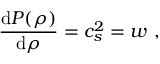
\frac { \mathrm { d } P ( \rho ) } { \mathrm { d } \rho } = c _ { s } ^ { 2 } = w \ ,